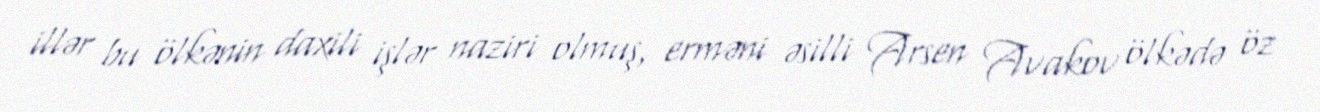
illər bu ölkənin daxili işlər naziri olmuş, erməni əsilli Arsen Avakov ölkədə öz